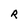
Character: R